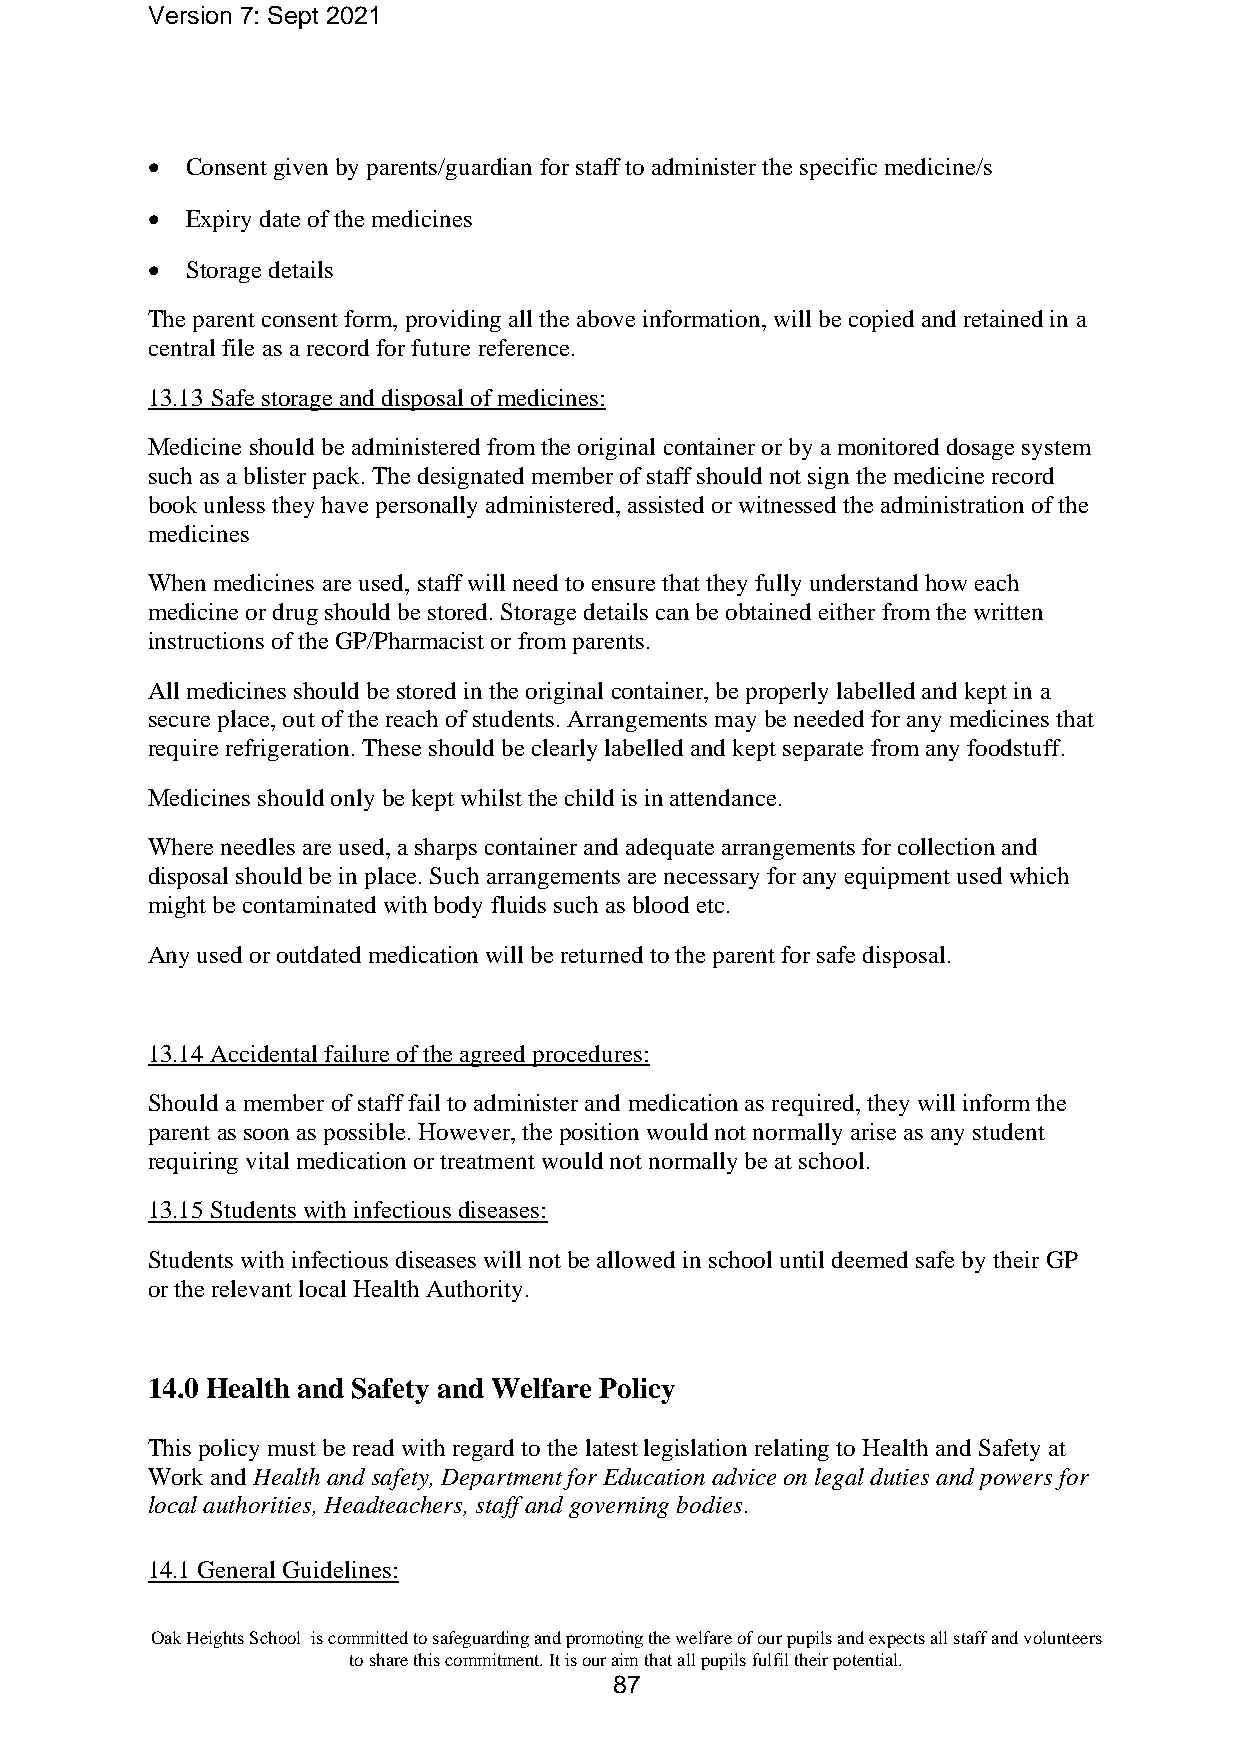
Version 7: Sept 2021
 • Consent given by parents/guardian for staff to administer the specific medicine/s
 • Expiry date of the medicines
 • Storage details
 The parent consent form, providing all the above information, will be copied and retained in a
 central file as a record for future reference.
 13.13 Safe storage and disposal of medicines:
 Medicine should be administered from the original container or by a monitored dosage system
 such as a blister pack. The designated member of staff should not sign the medicine record
 book unless they have personally administered, assisted or witnessed the administration of the
 medicines
 When medicines are used, staff will need to ensure that they fully understand how each
 medicine or drug should be stored. Storage details can be obtained either from the written
 instructions of the GP/Pharmacist or from parents.
 All medicines should be stored in the original container, be properly labelled and kept in a
 secure place, out of the reach of students. Arrangements may be needed for any medicines that
 require refrigeration. These should be clearly labelled and kept separate from any foodstuff.
 Medicines should only be kept whilst the child is in attendance.
 Where needles are used, a sharps container and adequate arrangements for collection and
 disposal should be in place. Such arrangements are necessary for any equipment used which
 might be contaminated with body fluids such as blood etc.
 Any used or outdated medication will be returned to the parent for safe disposal.
 13.14 Accidental failure of the agreed procedures:
 Should a member of staff fail to administer and medication as required, they will inform the
 parent as soon as possible. However, the position would not normally arise as any student
 requiring vital medication or treatment would not normally be at school.
 13.15 Students with infectious diseases:
 Students with infectious diseases will not be allowed in school until deemed safe by their GP
 or the relevant local Health Authority.
 14.0 Health and Safety and Welfare Policy
 This policy must be read with regard to the latest legislation relating to Health and Safety at
 Work and Health and safety, Department for Education advice on legal duties and powers for
 local authorities, Headteachers, staff and governing bodies.
 14.1 General Guidelines:
 Oak Heights School is committed to safeguarding and promoting the welfare of our pupils and expects all staff and volunteers
 to share this commitment. It is our aim that all pupils fulfil their potential.
 87